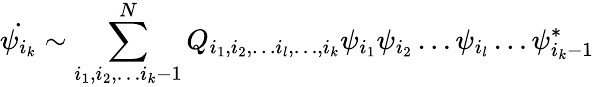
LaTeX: \dot{\psi_{i_{k}}}\sim\sum_{i_{1},i_{2},\ldots i_{k}-1}^{N}Q_{i_{1},i_{2},\ldots i_{l},\ldots,i_{k}}\psi_{i_{1}}\psi_{i_{2}}\ldots\psi_{i_{l}}\ldots\psi_{i_{k}-1}^{*}